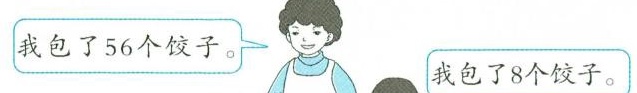
我包了56个饺子。 我包了8个饺子。